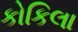
કોકિલા